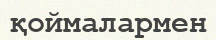
қоймалармен